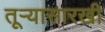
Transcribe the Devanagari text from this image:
तूऱ्यासारखी